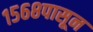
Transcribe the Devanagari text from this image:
१५६८पासून